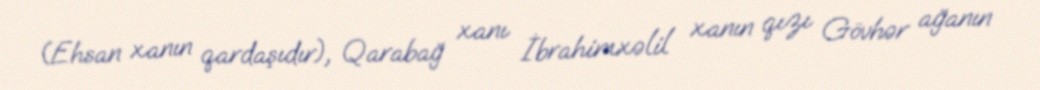
(Ehsan xanın qardaşıdır), Qarabağ xanı İbrahimxəlil xanın qızı Gövhər ağanın